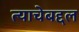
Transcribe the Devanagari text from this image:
त्याचेबद्दल